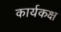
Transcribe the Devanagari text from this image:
कार्यकक्ष